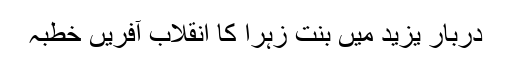
دربارِ یزید میں بنتِ زہرا کا انقلاب آفریں خطبہ